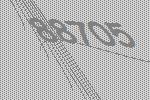
88705